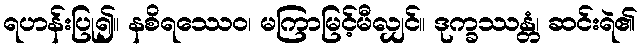
ရဟန်းပြု၍။ နစိရဿေဝ၊ မကြာမြင့်မီလျှင်။ ဒုက္ခဿန္တံ၊ ဆင်းရဲ၏